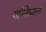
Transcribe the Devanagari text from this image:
यन्निश्चलः